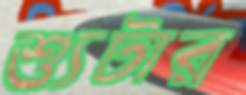
শ্যুটার